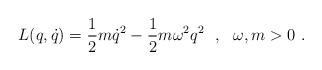
LaTeX: \begin{align*}L(q,\dot{q})=\frac{1}{2}m\dot{q}^2-\frac{1}{2}m\omega^2q^2\ \ ,\ \ \omega,m>0\ .\end{align*}